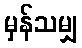
မှန်သမျှ